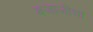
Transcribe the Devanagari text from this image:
बजाजीचा